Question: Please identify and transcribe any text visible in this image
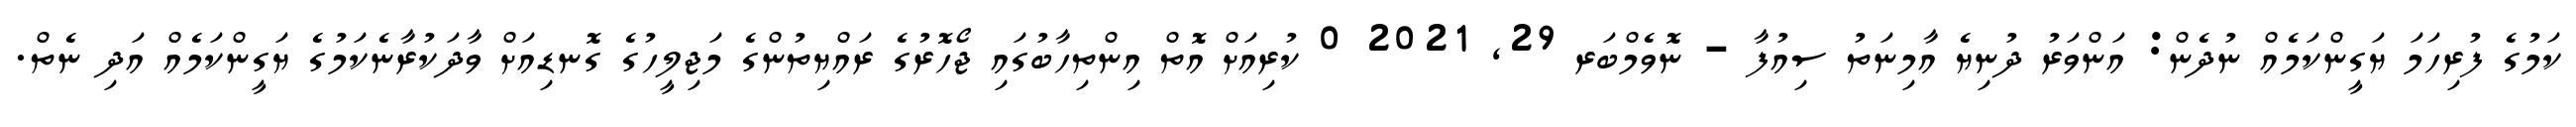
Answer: ކަމުގެ ފުރިހަމަ ޔަގީންކަމެއް ނުދެން: އަންވަރު ދުނިޔެ އާމިނަތު ސިއުފާ - ނޮވެމްބަރ 29, 2021 0 ކުރިއަށް އޮތް އިންތިހާބުގައި ޖޯހޮރުގެ ރައްޔިތުންގެ މަޖިލީހުގެ ގޮނޑިއަށް ވާދަކުރާނެކަމުގެ ޔަގީންކަމެއް އަދި ނެތް.